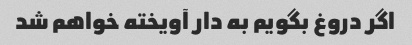
اگر دروغ بگویم به دار آویخته خواهم شد